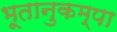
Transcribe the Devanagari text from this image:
भूतानुकम्पा